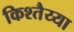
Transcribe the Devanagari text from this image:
किश्तैय्या